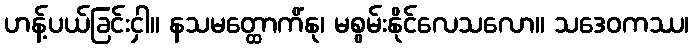
ဟန့်ပယ်ခြင်းငှါ။ နသမတ္ထောကိံနု၊ မစွမ်းနိုင်လေသလော။ သဒေဝကဿ၊